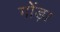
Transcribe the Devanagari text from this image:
गोंड़ा